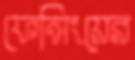
ফেন্সিংয়ের